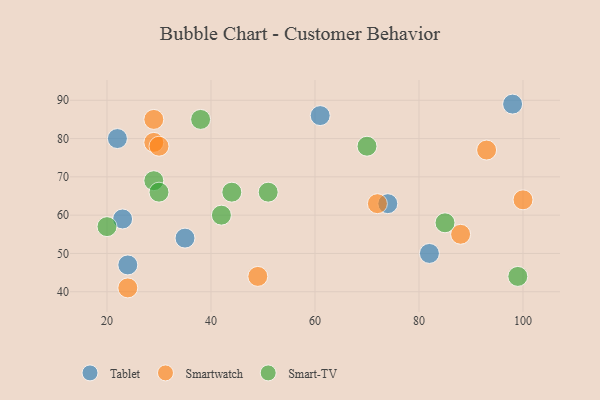
{"axis": {"x": "GDP", "y": "Life Expectancy"}, "legend": ["Smart-TV", "Smartwatch", "Tablet"], "data": [{"x": "24", "y": 47, "type": "Tablet"}, {"x": "82", "y": 50, "type": "Tablet"}, {"x": "22", "y": 80, "type": "Tablet"}, {"x": "35", "y": 54, "type": "Tablet"}, {"x": "74", "y": 63, "type": "Tablet"}, {"x": "23", "y": 59, "type": "Tablet"}, {"x": "61", "y": 86, "type": "Tablet"}, {"x": "98", "y": 89, "type": "Tablet"}, {"x": "49", "y": 44, "type": "Smartwatch"}, {"x": "29", "y": 79, "type": "Smartwatch"}, {"x": "30", "y": 78, "type": "Smartwatch"}, {"x": "93", "y": 77, "type": "Smartwatch"}, {"x": "100", "y": 64, "type": "Smartwatch"}, {"x": "29", "y": 85, "type": "Smartwatch"}, {"x": "88", "y": 55, "type": "Smartwatch"}, {"x": "24", "y": 41, "type": "Smartwatch"}, {"x": "72", "y": 63, "type": "Smartwatch"}, {"x": "51", "y": 66, "type": "Smart-TV"}, {"x": "29", "y": 69, "type": "Smart-TV"}, {"x": "70", "y": 78, "type": "Smart-TV"}, {"x": "38", "y": 85, "type": "Smart-TV"}, {"x": "20", "y": 57, "type": "Smart-TV"}, {"x": "44", "y": 66, "type": "Smart-TV"}, {"x": "99", "y": 44, "type": "Smart-TV"}, {"x": "42", "y": 60, "type": "Smart-TV"}, {"x": "85", "y": 58, "type": "Smart-TV"}, {"x": "30", "y": 66, "type": "Smart-TV"}]}